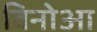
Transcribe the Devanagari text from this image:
विनोआ